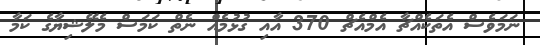
ނަމަވެސް އެތަކެއްޗާ އެމްއެޗް 370 އާއި ގުޅުމެއް ނެތް ކަމަސް މެލޭޝިޔާގެ ކަމާ